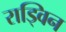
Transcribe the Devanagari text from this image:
राड्विन